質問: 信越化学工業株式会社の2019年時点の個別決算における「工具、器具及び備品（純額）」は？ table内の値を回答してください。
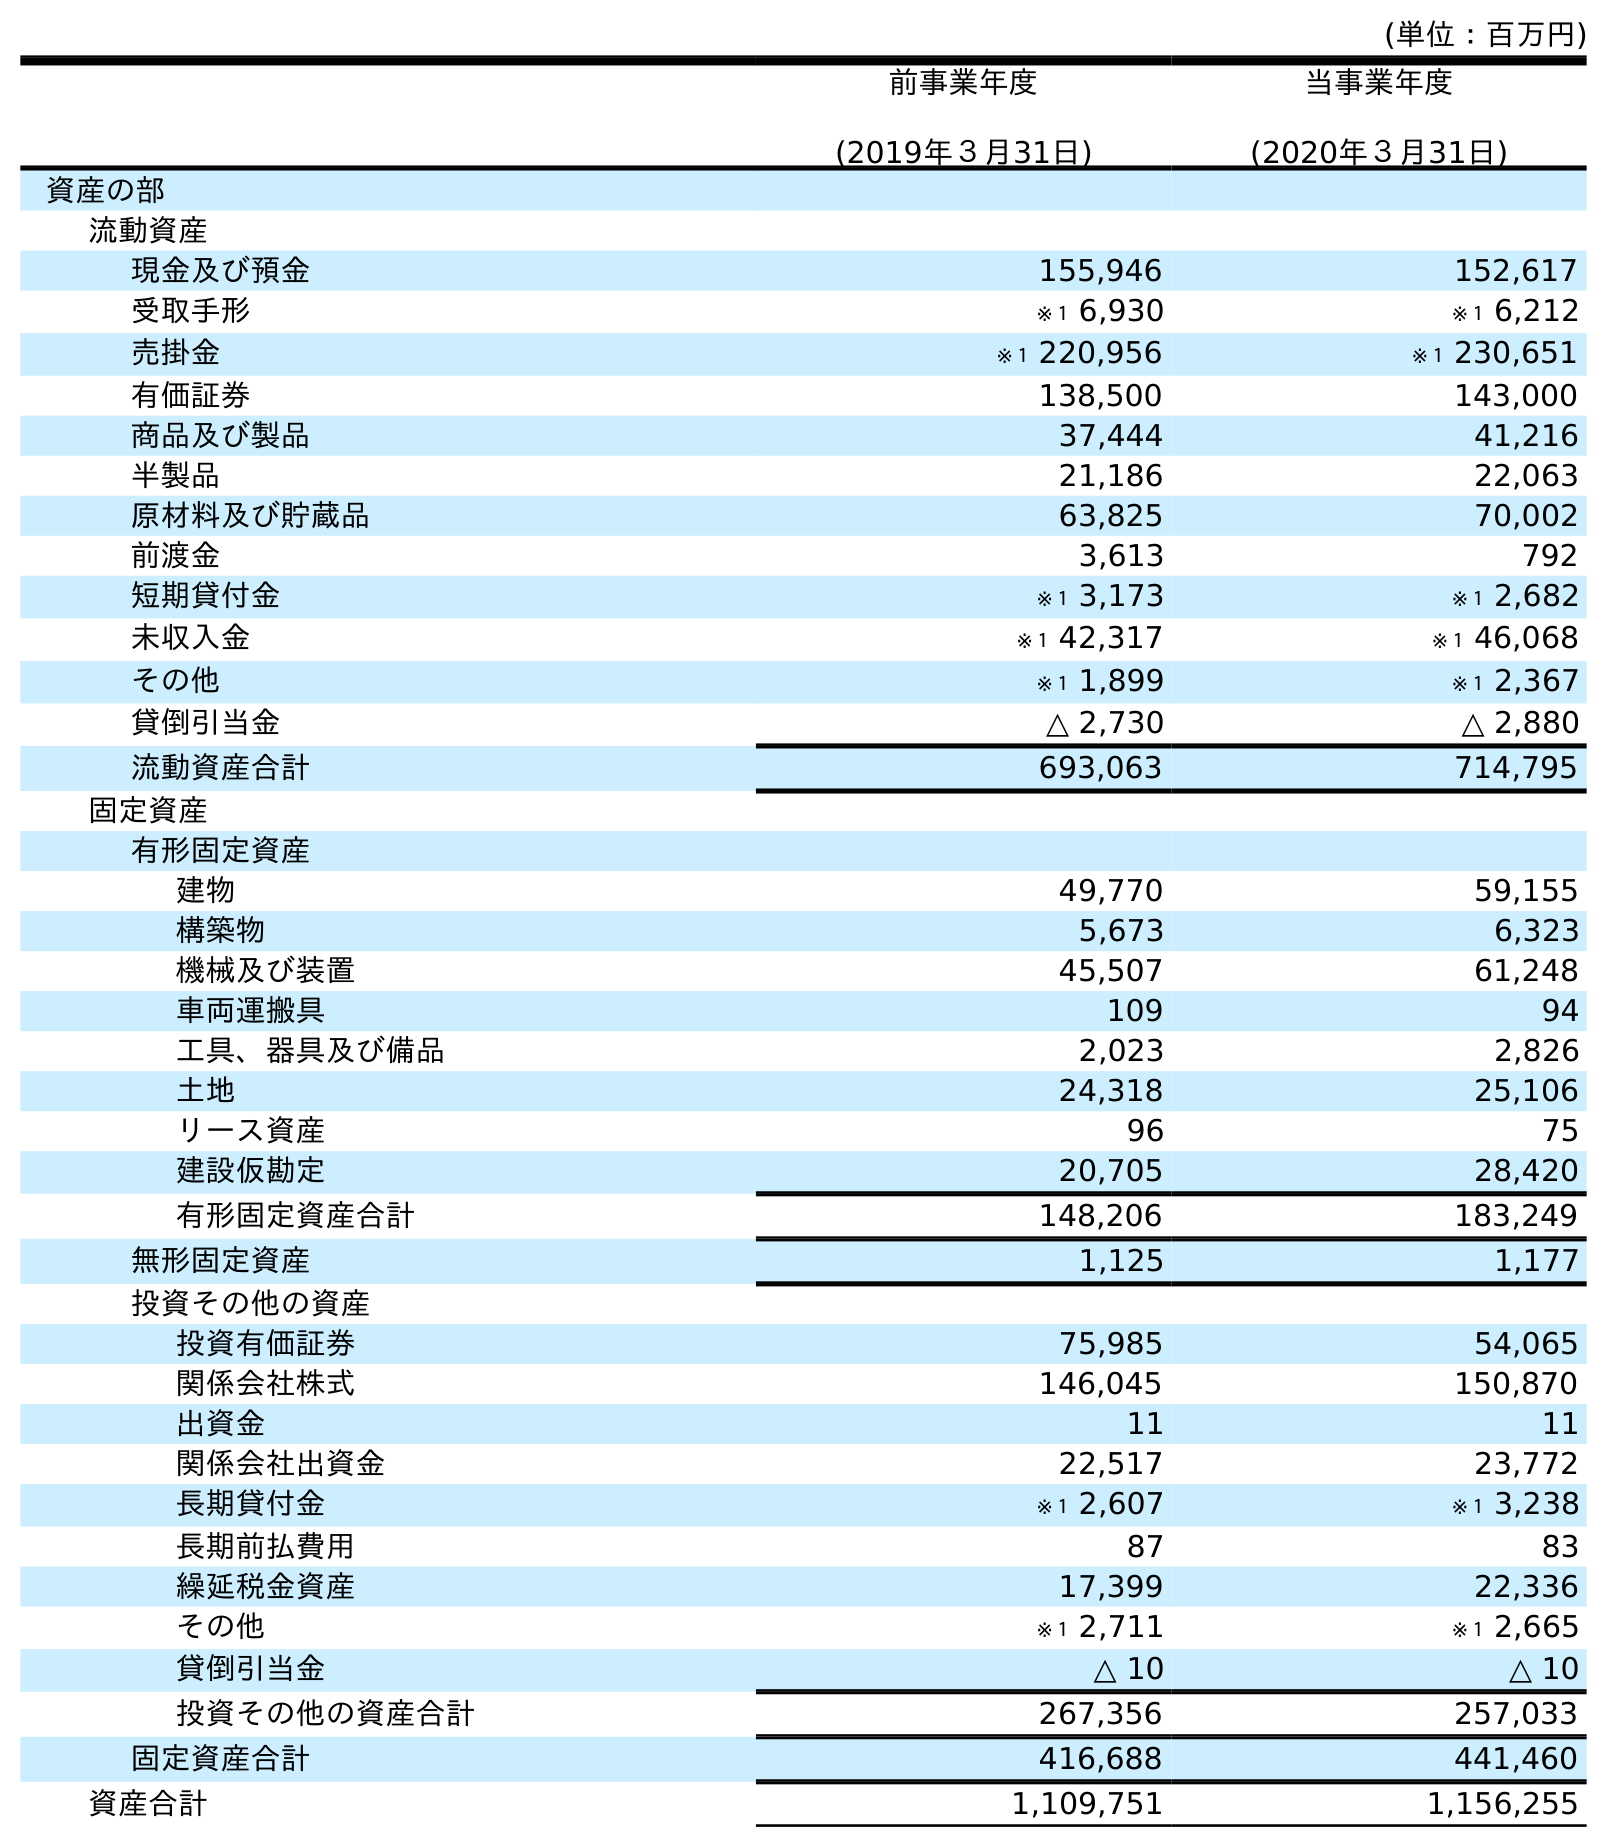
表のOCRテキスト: (単位：百万円) 前事業年度 (2019年３月31日) 当事業年度 (2020年３月31日) 資産の部 流動資産 現金及び預金 155,946 152,617 受取手形 ※１ 6,930 ※１ 6,212 売掛金 ※１ 220,956 ※１ 230,651 有価証券 138,500 143,000 商品及び製品 37,444 41,216 半製品 21,186 22,063 原材料及び貯蔵品 63,825 70,002 前渡金 3,613 792 短期貸付金 ※１ 3,173 ※１ 2,682 未収入金 ※１ 42,317 ※１ 46,068 その他 ※１ 1,899 ※１ 2,367 貸倒引当金 △ 2,730 △ 2,880 流動資産合計 693,063 714,795 固定資産 有形固定資産 建物 49,770 59,155 構築物 5,673 6,323 機械及び装置 45,507 61,248 車両運搬具 109 94 工具、器具及び備品 2,023 2,826 土地 24,318 25,106 リース資産 96 75 建設仮勘定 20,705 28,420 有形固定資産合計 148,206 183,249 無形固定資産 1,125 1,177 投資その他の資産 投資有価証券 75,985 54,065 関係会社株式 146,045 150,870 出資金 11 11 関係会社出資金 22,517 23,772 長期貸付金 ※１ 2,607 ※１ 3,238 長期前払費用 87 83 繰延税金資産 17,399 22,336 その他 ※１ 2,711 ※１ 2,665 貸倒引当金 △ 10 △ 10 投資その他の資産合計 267,356 257,033 固定資産合計 416,688 441,460 資産合計 1,109,751 1,156,255
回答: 2,023